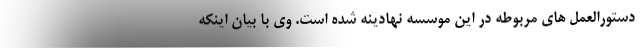
دستورالعمل های مربوطه در این موسسه نهادینه شده است. وی با بیان اینکه